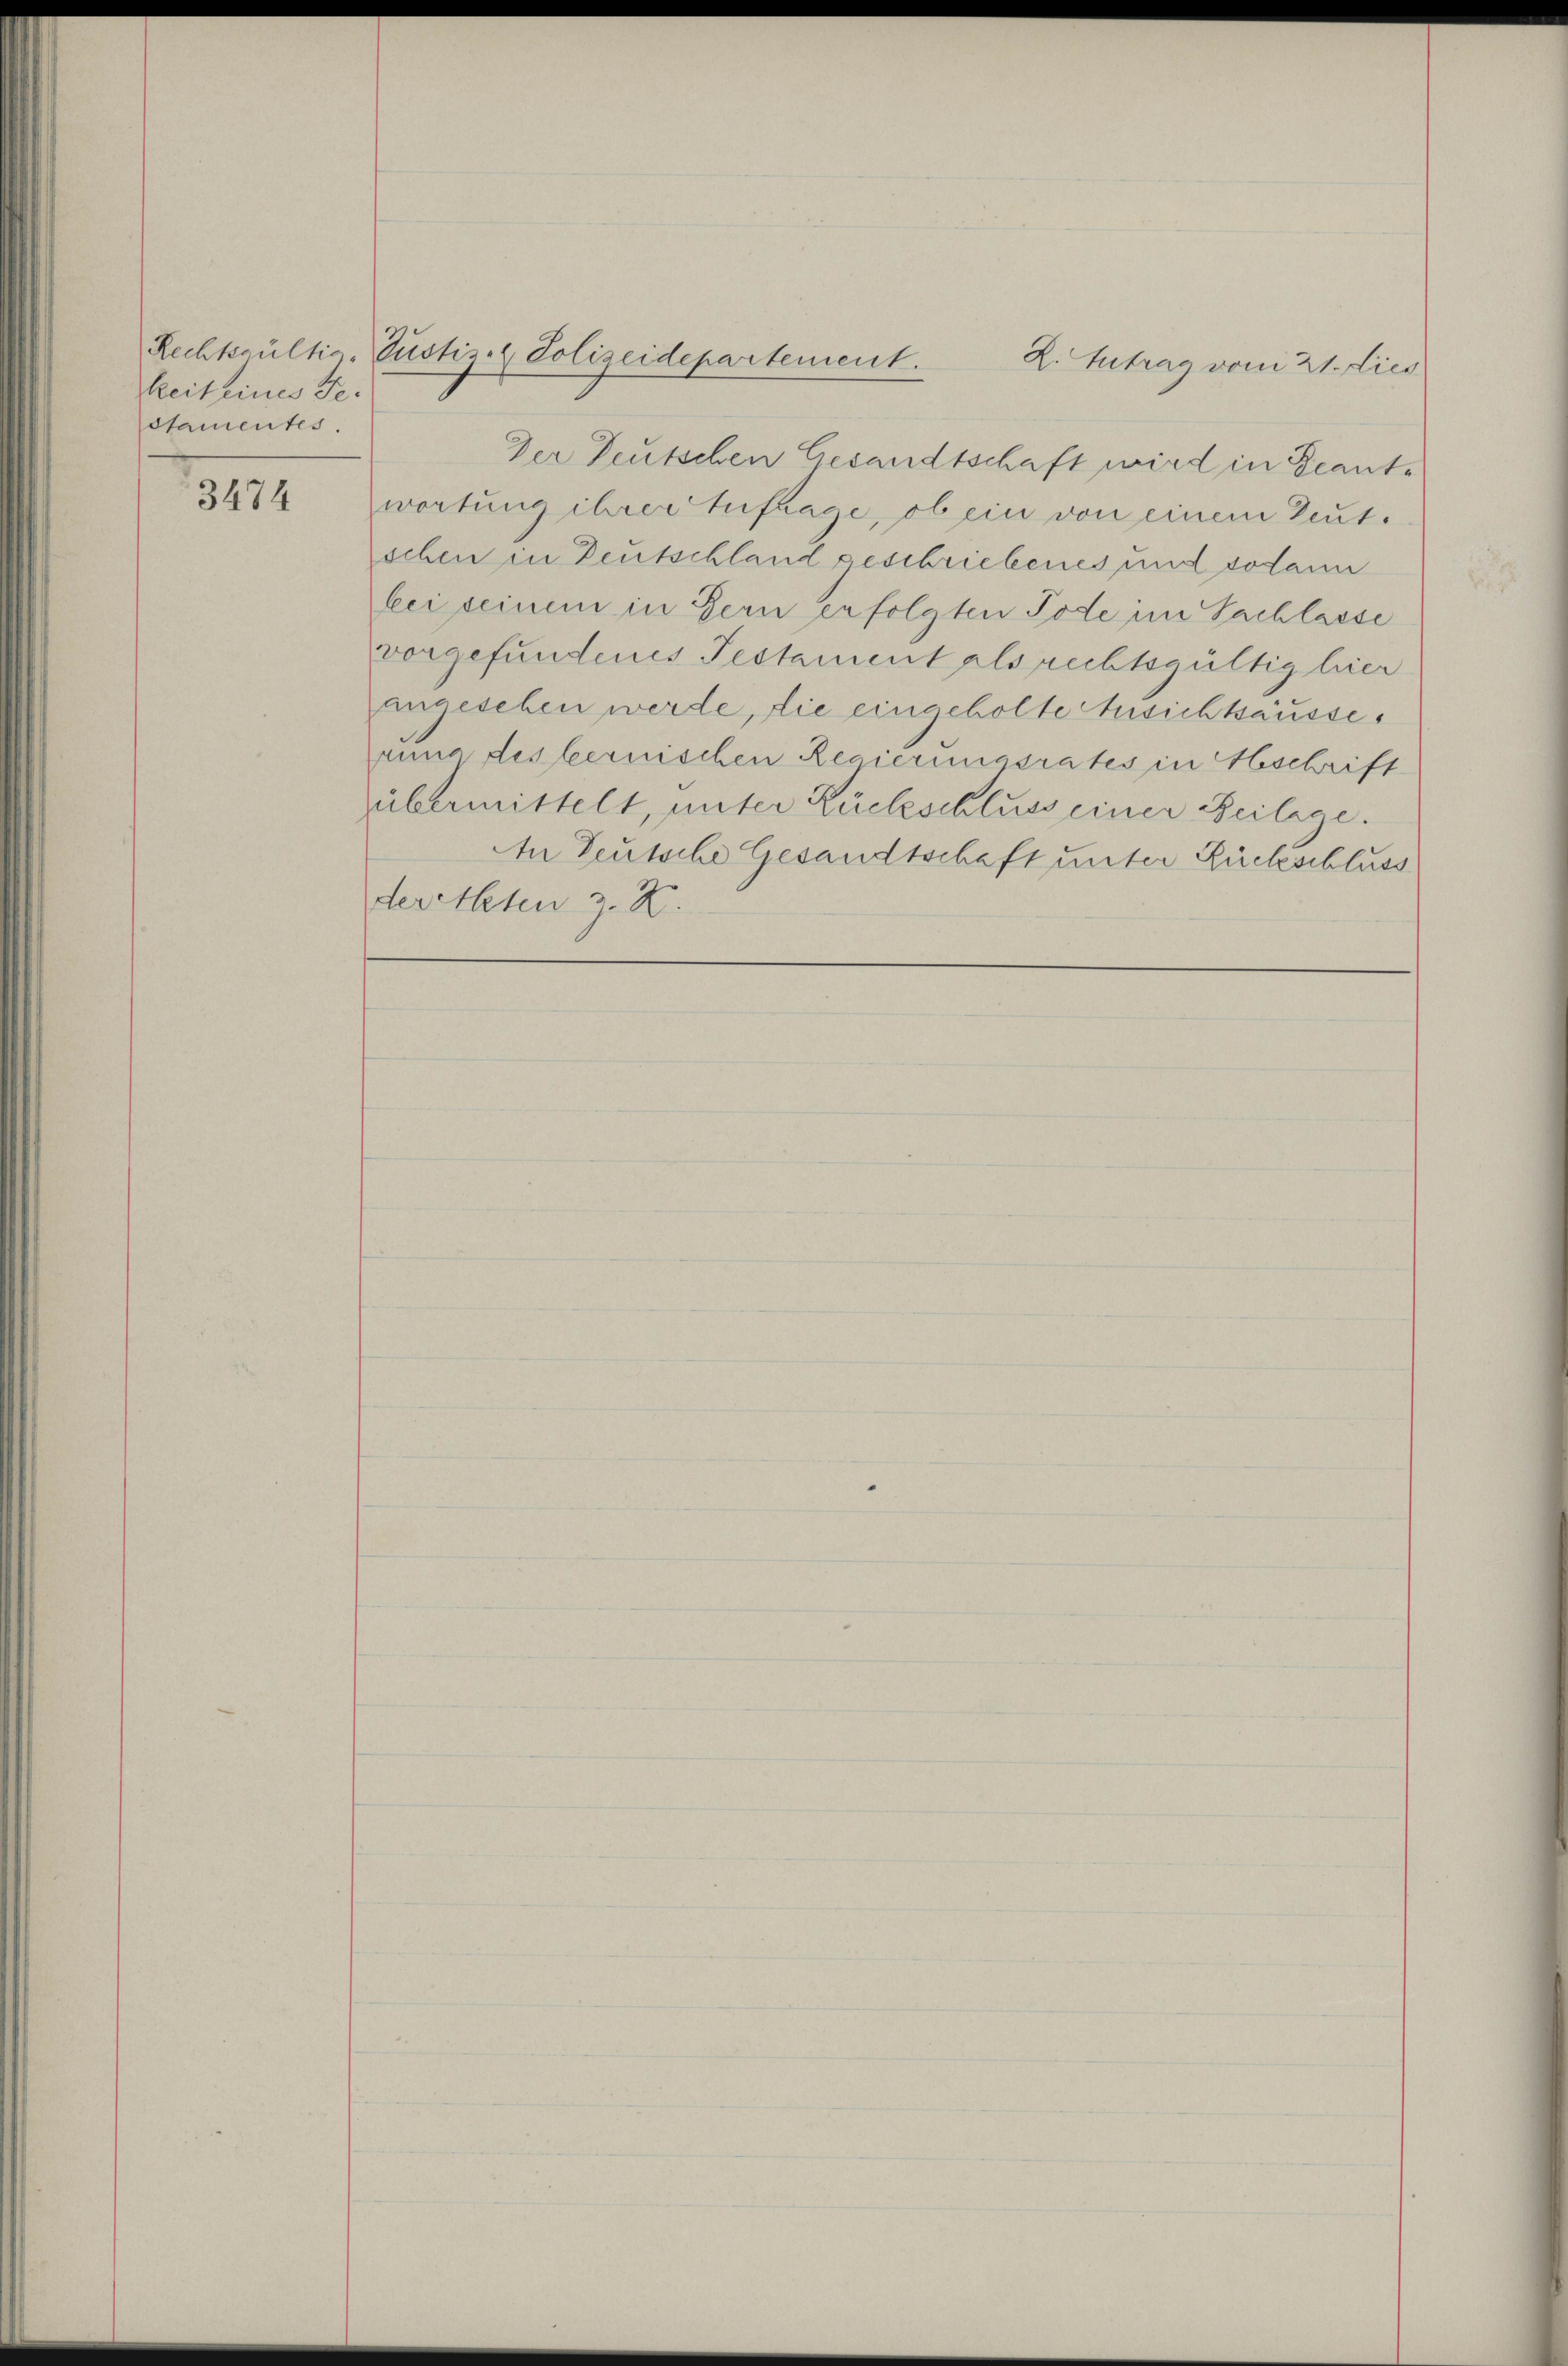
keit eines Ge-
stamentes.

3474

Rechtsgültig Justiz- & Polizeidepartement.

Der Deutschen Gesandtschaft wird in Beantwortung ihrer Auftrage, ob ein von einem Teut.
schen in Deutschland geschriebenes und sodann
bei seinem in Bern erfolgten Tode im Sachlasse
vorgefundenes Testament als rechtsgültig hier
angesehen werde, die eingeholte Ansichtsausserung des bernischen Regierungsrates in Beschrift
übermittelt, unter Rückschluss einer Beilage.
An Teutsche Gesandtschaft unter Rückschluss
deretteten z. Z.

Z. Antrag vom 21. Lies